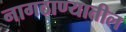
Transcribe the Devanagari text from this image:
नागठाण्यातील